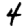
Digit: 4